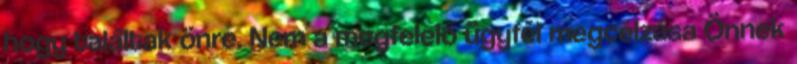
hogy találtak önre. Nem a megfelelő ügyfél megcélzása Önnek